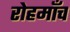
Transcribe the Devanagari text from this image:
रोहमाँच